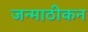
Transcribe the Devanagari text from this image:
जन्माठीकन